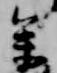
参